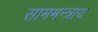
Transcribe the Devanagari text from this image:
साममन्त्राय